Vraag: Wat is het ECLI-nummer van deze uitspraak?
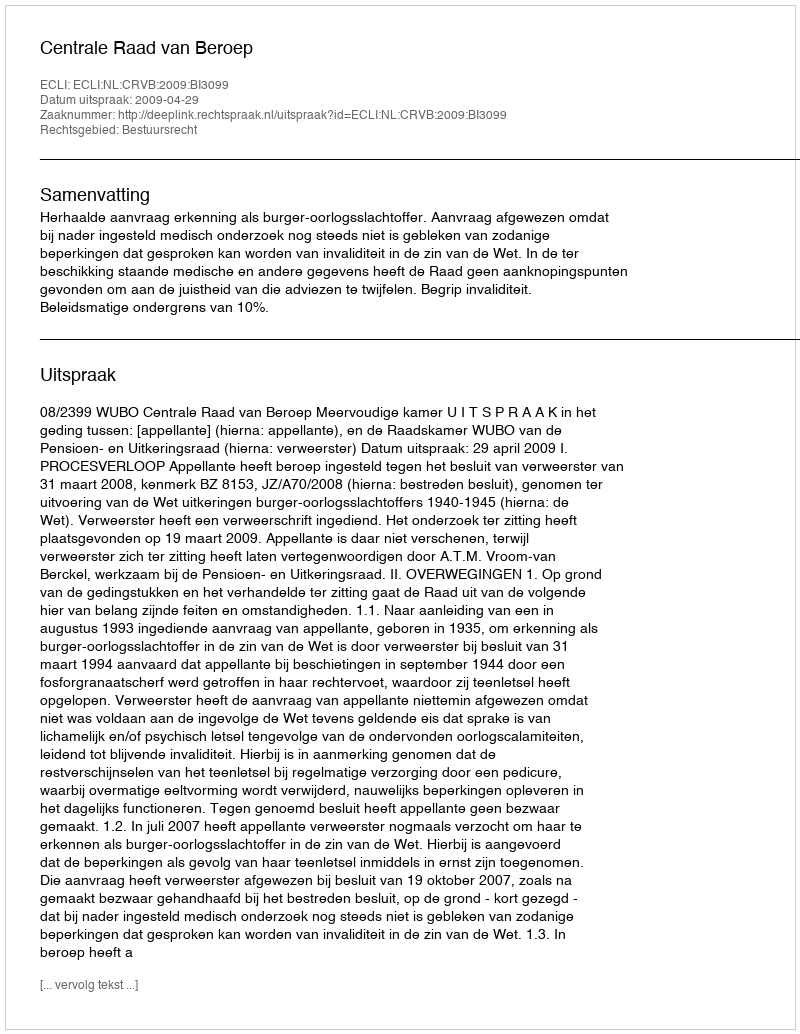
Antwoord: ECLI:NL:CRVB:2009:BI3099